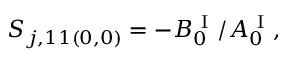
S _ { j , 1 1 ( 0 , 0 ) } = - B _ { 0 } ^ { \mathrm { ~ I ~ } } / A _ { 0 } ^ { \mathrm { ~ I ~ } } ,